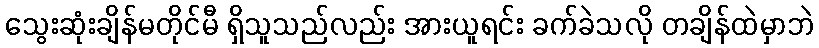
သွေးဆုံးချိန်မတိုင်မီ ရှိသူသည်လည်း အားယူရင်း ခက်ခဲသလို တချိန်ထဲမှာဘဲ